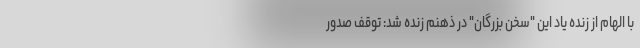
با الهام از زنده یاد این "سخن بزرگان" در ذهنم زنده شد: توقف صدور